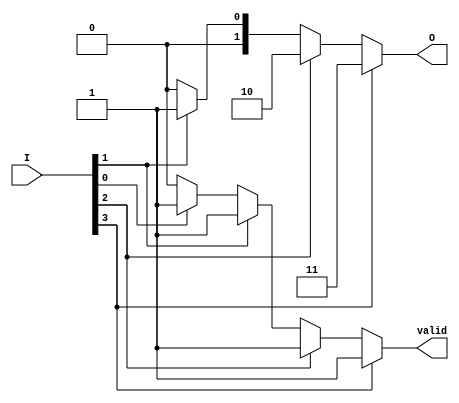
module priority_encoder (
    input wire [3:0] I,  // 4 input lines
    output reg [1:0] O,  // 2 output lines for binary code
    output reg valid      // Valid output signal
);

// Always block to implement the priority encoding logic
always @(*) begin
    // Default outputs
    O = 2'b00;  // Default output
    valid = 1'b0;  // Default valid signal

    // Check inputs from highest priority to lowest
    if (I[3]) begin
        O = 2'b11;  // Output for I3
        valid = 1'b1;  // Valid signal asserted
    end else if (I[2]) begin
        O = 2'b10;  // Output for I2
        valid = 1'b1;  // Valid signal asserted
    end else if (I[1]) begin
        O = 2'b01;  // Output for I1
        valid = 1'b1;  // Valid signal asserted
    end else if (I[0]) begin
        O = 2'b00;  // Output for I0
        valid = 1'b1;  // Valid signal asserted
    end
end

endmodule